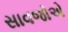
સાવજોએ